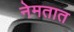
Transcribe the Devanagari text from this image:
नेमतात